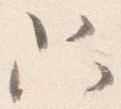
只